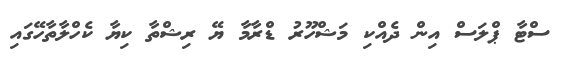
ސްޓާ ޕްލަސް އިން ދެއްކި މަޝްހޫރު ޑްރާމާ ޔޭ ރިޝްތާ ކިޔާ ކެހްލާތާހޭގައި